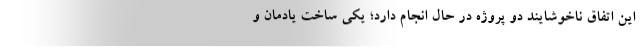
این اتفاق ناخوشایند دو پروژه در حال انجام دارد؛ یکی ساخت یادمان و